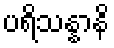
ပရိသန္နာနိ